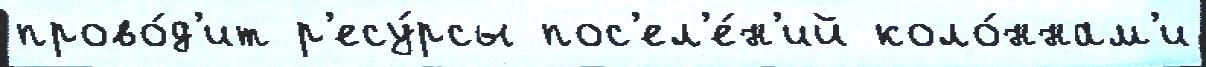
прово́д'ит р'есу́рсы пос'ел'е́н'ий коло́ннам'и